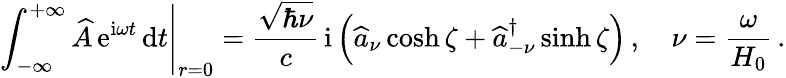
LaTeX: \left.\int_{-\infty}^{+\infty}\widehat{A}\, \mathrm{e}^{\mathrm{i}\omega t}\, \mathrm{d}t\right|_{r=0}=\frac{\sqrt{\hbar\nu}}{c}\, \mathrm{i}\left(\widehat{a}_{\nu}\cosh\zeta+\widehat{a}_{-\nu}^{\dagger}\sinh\zeta\right)\, ,\quad\nu=\frac{\omega}{H_{0}}\, .